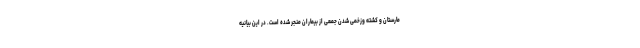
مارستان و کشته وزخمی شدن جمعی از بیماران منجر شده است. در این بیانیه